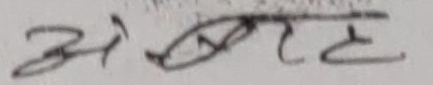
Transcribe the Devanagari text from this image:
खुराक